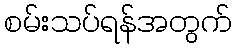
စမ်းသပ်ရန်အတွက်